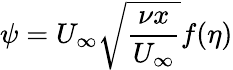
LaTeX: \psi=U_{\infty}\sqrt{\frac{\nu x}{U_{\infty}}}f(\eta)